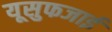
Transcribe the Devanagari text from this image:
यूसुफजाई